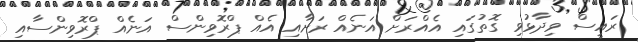
ރައީސް ވިދާޅުވި ގޮތުގައި އެއްރަށް އަނެއް ރަށާއި އެއް ޕްރޮވިންސް އަނެއް ޕްރޮވިންސާއި